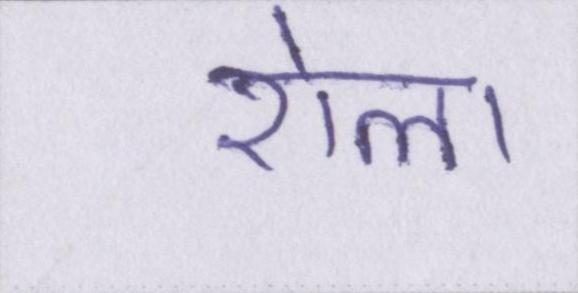
रोला